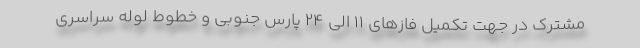
مشترک در جهت تکمیل فازهای 11 الی 24 پارس جنوبی و خطوط لوله سراسری